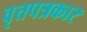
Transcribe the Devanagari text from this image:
वृत्तपत्रकार